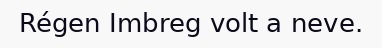
Régen Imbreg volt a neve.